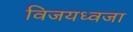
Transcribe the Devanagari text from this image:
विजयध्वजा